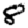
Digit: 8